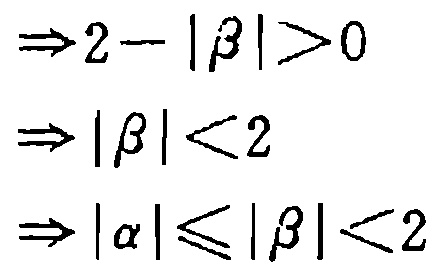
\begin{align*}
&\Rightarrow 2 - |\beta| > 0\\
&\Rightarrow |\beta| < 2\\
&\Rightarrow |\alpha| \leqslant |\beta| < 2
\end{align*}